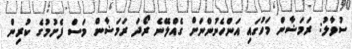
ސުވާލު: ރަމަޟާން މަހުގައި އަންހެނުންނަށް ގެއްލޭނެ ރޯދަ ރަމަޟާން މަސް ފެށުމުގެ ކުރިން